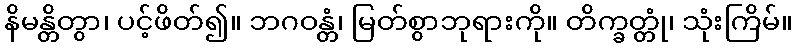
နိမန္တိတွာ၊ ပင့်ဖိတ်၍။ ဘဂဝန္တံ၊ မြတ်စွာဘုရားကို။ တိက္ခတ္တုံ၊ သုံးကြိမ်။